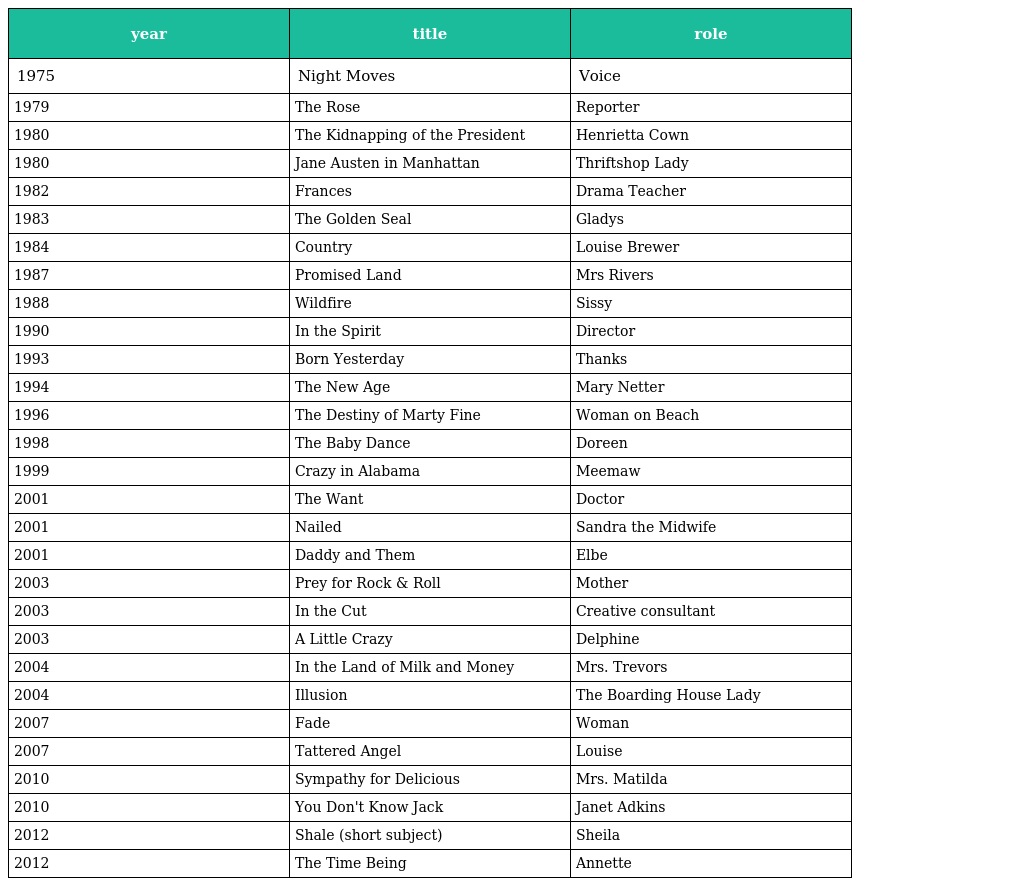
| year | title | role |
 | --- | --- | --- |
 | 1975 | Night Moves | Voice |
 | 1979 | The Rose | Reporter |
 | 1980 | The Kidnapping of the President | Henrietta Cown |
 | 1980 | Jane Austen in Manhattan | Thriftshop Lady |
 | 1982 | Frances | Drama Teacher |
 | 1983 | The Golden Seal | Gladys |
 | 1984 | Country | Louise Brewer |
 | 1987 | Promised Land | Mrs Rivers |
 | 1988 | Wildfire | Sissy |
 | 1990 | In the Spirit | Director |
 | 1993 | Born Yesterday | Thanks |
 | 1994 | The New Age | Mary Netter |
 | 1996 | The Destiny of Marty Fine | Woman on Beach |
 | 1998 | The Baby Dance | Doreen |
 | 1999 | Crazy in Alabama | Meemaw |
 | 2001 | The Want | Doctor |
 | 2001 | Nailed | Sandra the Midwife |
 | 2001 | Daddy and Them | Elbe |
 | 2003 | Prey for Rock & Roll | Mother |
 | 2003 | In the Cut | Creative consultant |
 | 2003 | A Little Crazy | Delphine |
 | 2004 | In the Land of Milk and Money | Mrs. Trevors |
 | 2004 | Illusion | The Boarding House Lady |
 | 2007 | Fade | Woman |
 | 2007 | Tattered Angel | Louise |
 | 2010 | Sympathy for Delicious | Mrs. Matilda |
 | 2010 | You Don't Know Jack | Janet Adkins |
 | 2012 | Shale (short subject) | Sheila |
 | 2012 | The Time Being | Annette |